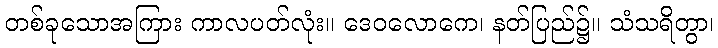
တစ်ခုသောအကြား ကာလပတ်လုံး။ ဒေဝလောကေ၊ နတ်ပြည်၌။ သံသရိတွာ၊